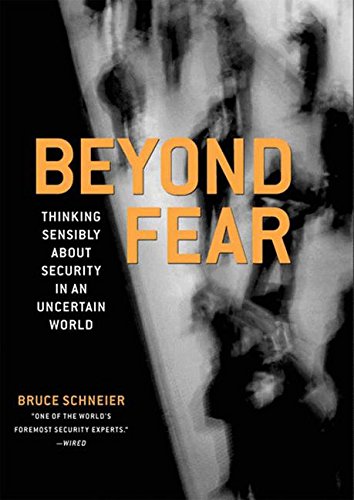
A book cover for Beyond Fear: Thinking Sensibly About Security in an Uncertain World.; Bruce Schneier; Computers & Technology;